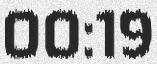
00:19